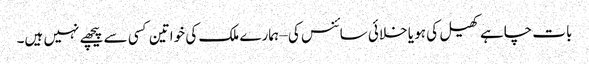
بات چاہے کھیل کی ہو یا خلائی سائنس کی – ہمارے ملک کی خواتین کسی سے پیچھے نہیں ہیں۔